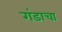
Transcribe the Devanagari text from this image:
गंडाचा